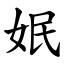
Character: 姄